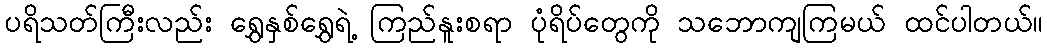
ပရိသတ်ကြီးလည်း ရွှေနှစ်ရွှေရဲ့ ကြည်နူးစရာ ပုံရိပ်တွေကို သဘောကျကြမယ် ထင်ပါတယ်။